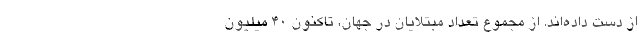
از دست داده‌اند. از مجموع تعداد مبتلایان در جهان، تاکنون 40 میلیون